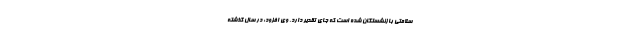
سلامتی بازنشستگان شده است که جای تقدیر دارد. وی افزود: در سال گذشته